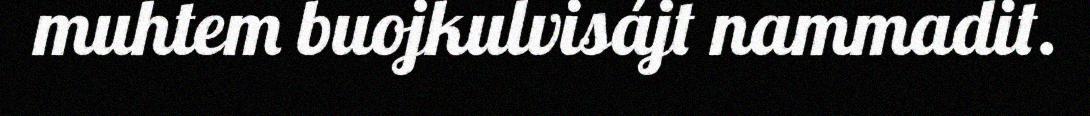
muhtem buojkulvisájt nammadit.